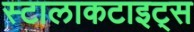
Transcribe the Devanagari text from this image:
स्टालाकटाइट्स